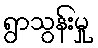
ရွာသွန်းမှု